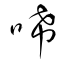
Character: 唏